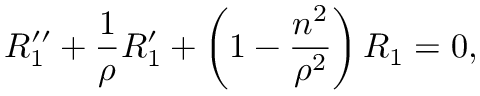
R _ { 1 } ^ { \prime \prime } + \frac { 1 } { \rho } R _ { 1 } ^ { \prime } + \left( 1 - \frac { n ^ { 2 } } { \rho ^ { 2 } } \right) R _ { 1 } = 0 ,